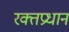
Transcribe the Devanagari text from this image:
रक्तप्रधान